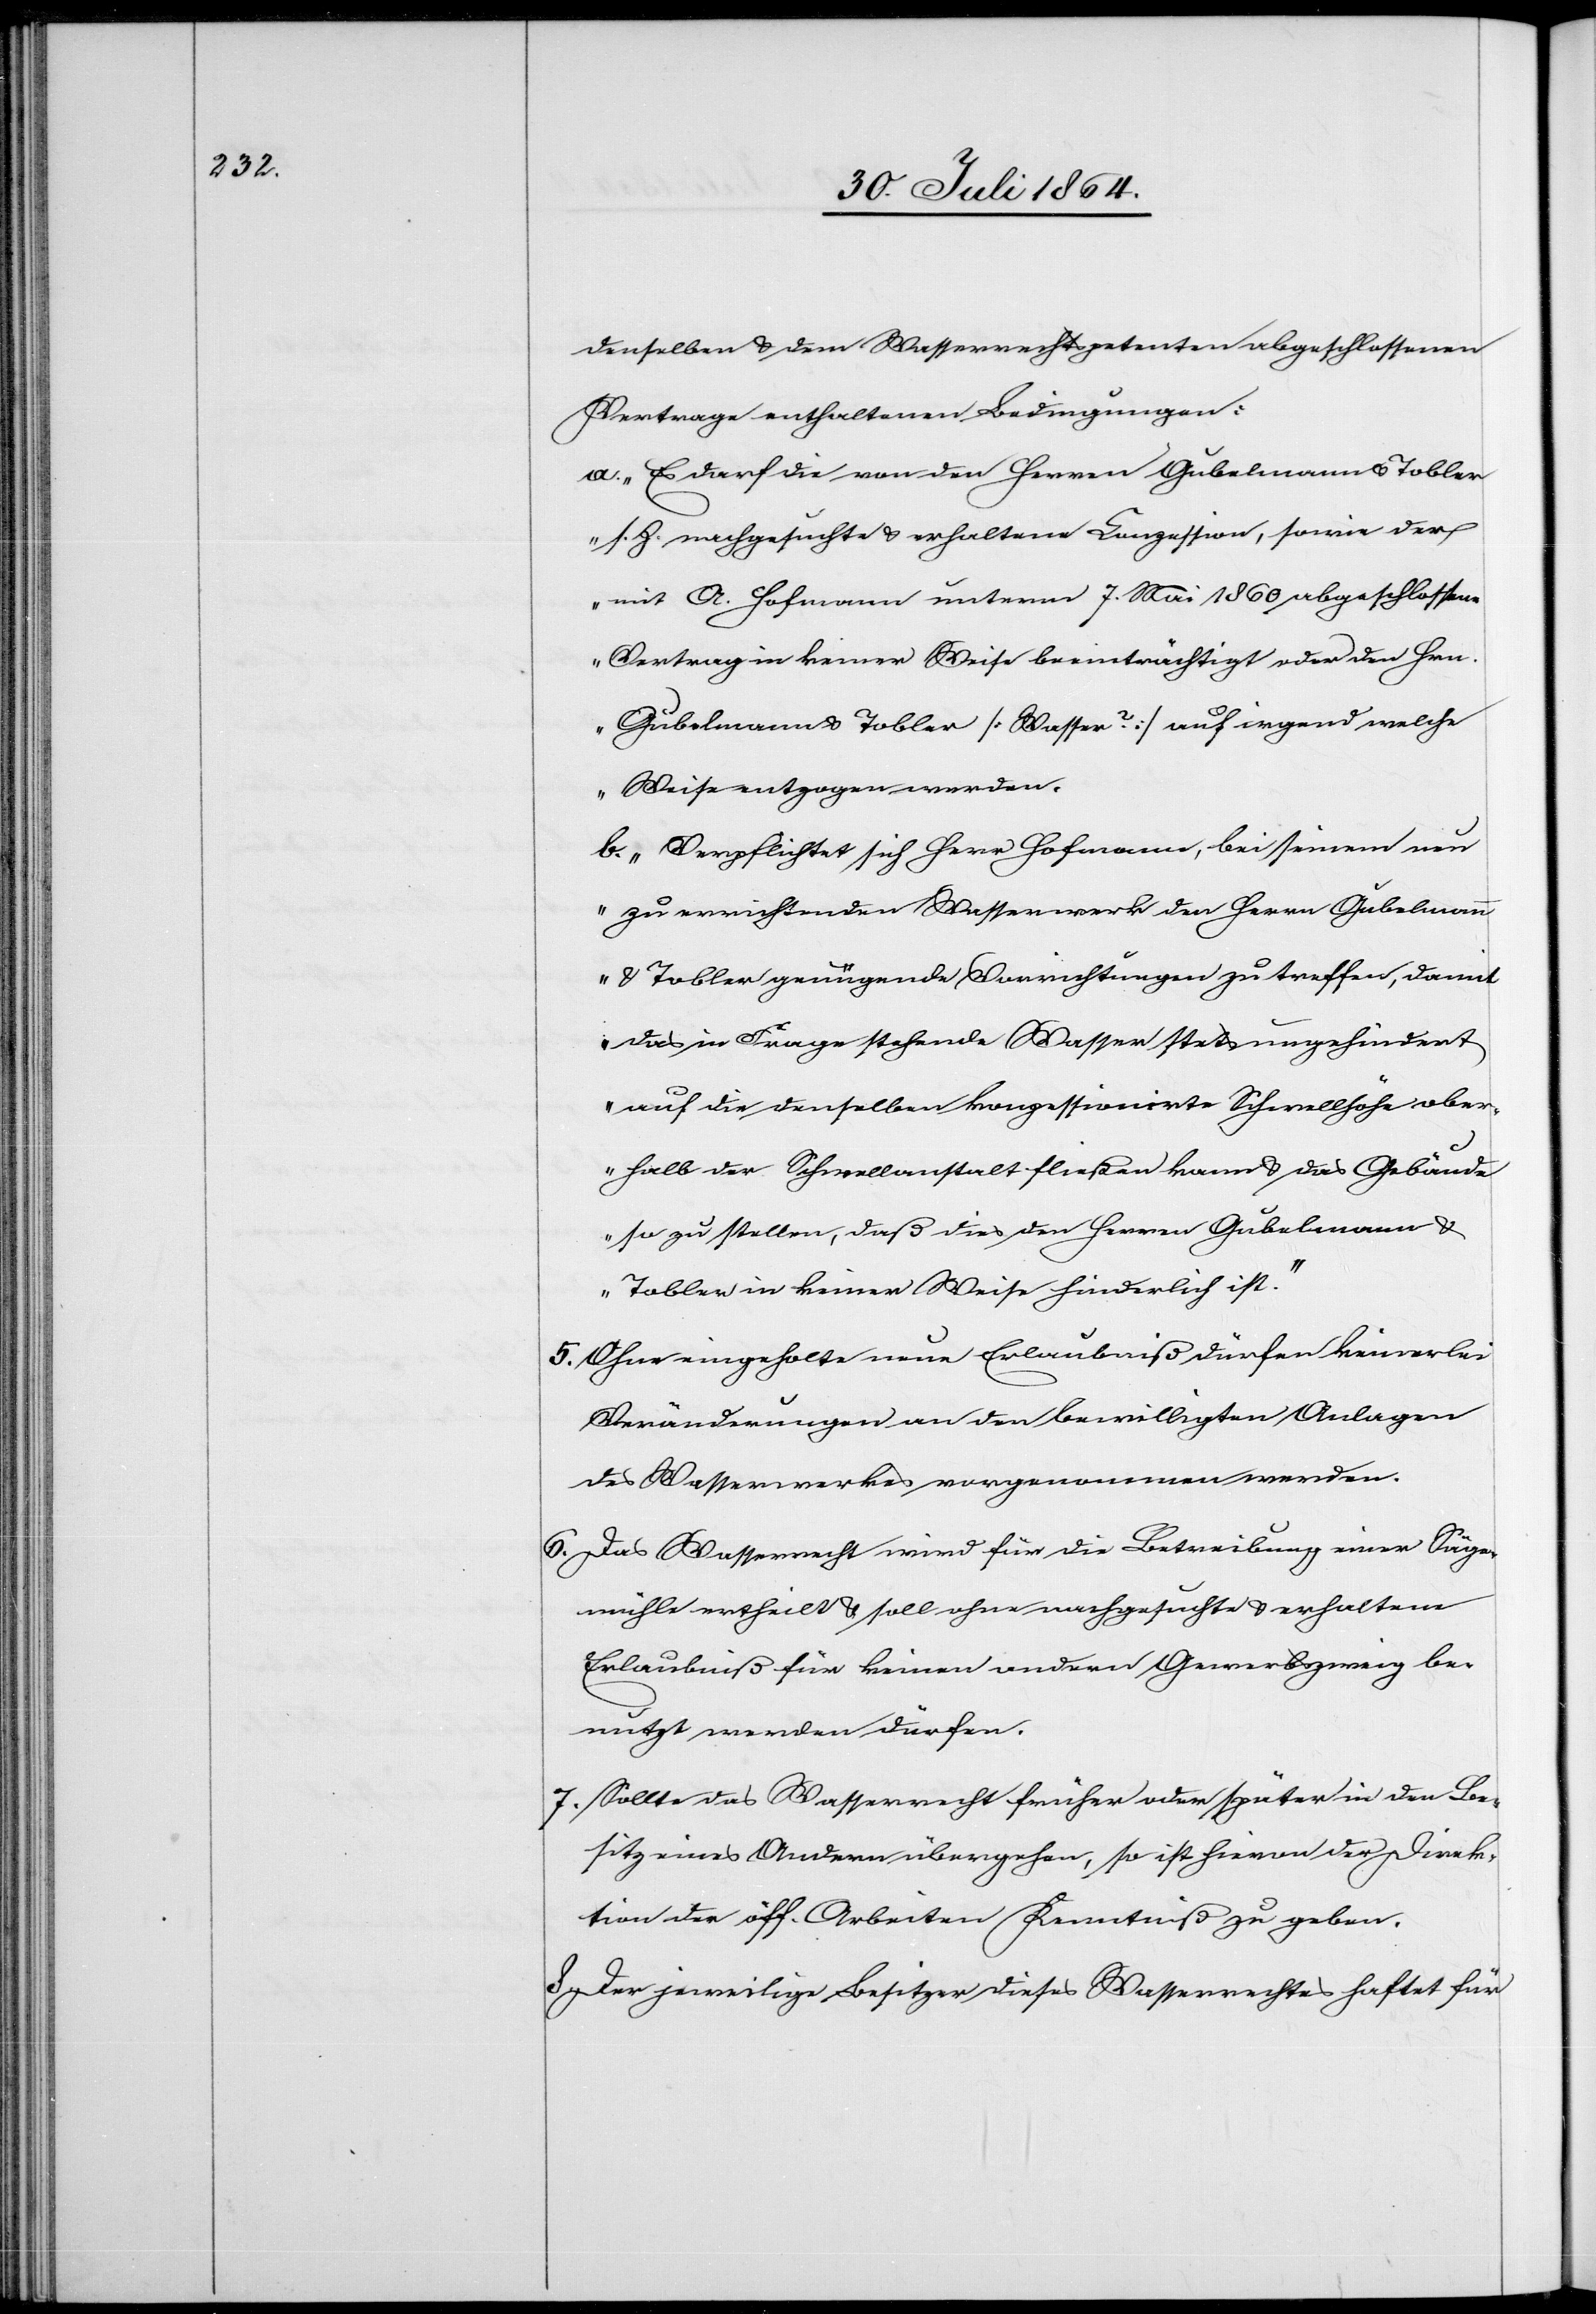
denselben & dem Wasserrechtspetenten abgeschlossenen
Vertrage enthaltenen Bedingungen:
a. „Es darf die von den Herren Gubelmann & Tobler
s. Z. nachgesuchte & erhaltene Conzession, sowie der
mit A. Hofmann unterm 7. Mai 1860 abgeschlossene
Vertrag in keiner Weise beeinträchtigt oder den Hrn.
Gubelmann & Tobler [Wasser ?] auf irgend welche
Weise entzogen werden.“
b. „Verpflichtet sich Herr Hofmann, bei seinem neu
zu errichtenden Wasserwerk den Herrn Gubelmann
& Tobler genügende Vorrichtungen zu treffen, damit
das in Frage stehende Wasser stets ungehindert
auf die denselben konzessionirte Schwellhöhe ober¬
halb der Schwellanstalt fließen kann & das Gebäude
so zu stellen, daß dies den Herren Gubelmann &
Tobler in keiner Weise hinderlich ist.“
5.	Ohne eingeholte neue Erlaubniß dürfen keinerlei
Veränderungen an den bewilligten Anlagen
des Wasserwerkes vorgenommen werden.
6.	Das Wasserrecht wird für die Betreibung einer Säge¬
mühle ertheilt & soll ohne nachgesuchte & erhaltene
Erlaubniß für keinen andern Gewerbszweig be¬
nutzt werden dürfen.
7.	Sollte das Wasserrecht früher oder später in den Be¬
sitz eines Andern übergehen, so ist hievon der Direk¬
tion der öff. Arbeiten Kenntniß zu geben.
8.	Der jeweilige Besitzer dieses Wasserrechtes haftet für